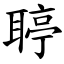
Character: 聤